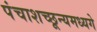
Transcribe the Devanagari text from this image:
पंचाशच्छून्यमध्यगे